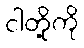
ငါတို့ကို